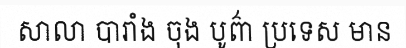
សាលា បារាំង ចុង បូព៌ា ប្រទេស មាន